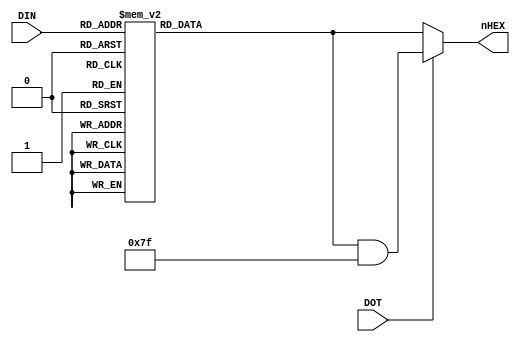
module SEG7DEC(input [3:0]  DIN,
               input        DOT,
               output reg [7:0] nHEX);
   always @(*) begin
      case(DIN)
        0:  nHEX = 8'b11000000;
        1:  nHEX = 8'b11111001;
        2:  nHEX = 8'b10100100;
        3:  nHEX = 8'b10110000;
        4:  nHEX = 8'b10011001;
        5:  nHEX = 8'b10010010;
        6:  nHEX = 8'b10000011;
        7:  nHEX = 8'b11011000;
        8:  nHEX = 8'b10000000;
        9:  nHEX = 8'b10010000;
        10: nHEX = 8'b10001000;
        11: nHEX = 8'b10000011;
        12: nHEX = 8'b11000110;
        13: nHEX = 8'b10100001;
        14: nHEX = 8'b10000110;
        15: nHEX = 8'b10001110;
      endcase // case (DIN)
   
      if (DOT) nHEX = nHEX & 8'b01111111;
   end

endmodule